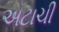
અટાચી